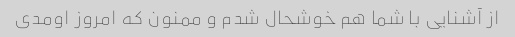
از آشنایی با شما هم خوشحال شدم و ممنون که امروز اومدی